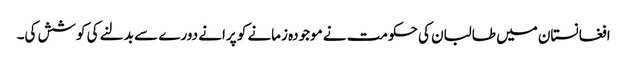
افغانستان میں طالبان کی حکومت نے موجودہ زمانے کو پرانے دورے سے بدلنے کی کوشش کی۔